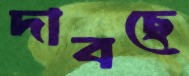
দাবছে